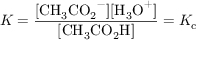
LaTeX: K = { \frac { \mathrm { [ { C H _ { 3 } C O _ { 2 } } ^ { - } ] [ { H _ { 3 } O } ^ { + } ] } } { \mathrm { [ { C H _ { 3 } C O _ { 2 } H } ] } } } = K _ { \mathrm { c } }